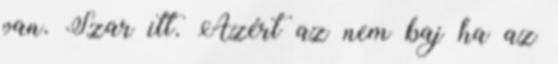
van. Szar itt. Azért az nem baj ha az